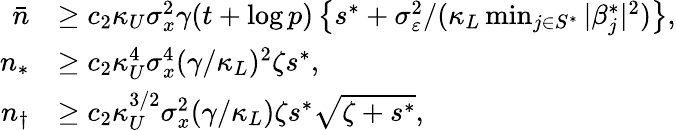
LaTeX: \begin{array}{rl}{\bar{n}}&{\ge c_{2}\kappa_{U}\sigma_{x}^{2}\gamma(t+\log p)\left\{ s^{*}+\sigma_{\varepsilon}^{2}/(\kappa_{L}\operatorname*{min}_{j\in S^{*}}|\beta_{j}^{*}|^{2})\right\} ,}\\ {n_{*}}&{\ge c_{2}\kappa_{U}^{4}\sigma_{x}^{4}(\gamma/\kappa_{L})^{2}\zeta s^{*},}\\ {n_{\dagger}}&{\ge c_{2}\kappa_{U}^{3/2}\sigma_{x}^{2}(\gamma/\kappa_{L})\zeta s^{*}\sqrt{\zeta+s^{*}},}\end{array}